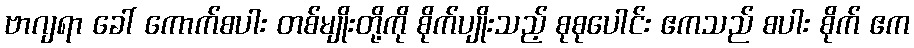
ဗာဂျရာ ခေါ် ကောက်စပါး တစ်မျိုးတို့ကို စိုက်ပျိုးသည့် စုစုပေါင်း ဧကသည် စပါး စိုက် ဧက